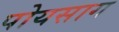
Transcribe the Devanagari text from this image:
पोयसाग